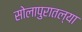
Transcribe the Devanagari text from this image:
सोलापुरातल्या